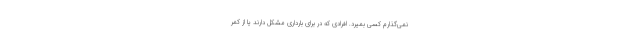
نمی‌گذارم کسی بمیرد. افرادی که در برای بارداری مشکل دارند یا از کمر